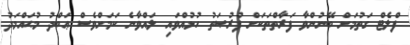
ފްލެޓް ގަތުމަށް ބޭނުންވާ ފަރާތްތަކަށް ފުރުޞަތު ހުޅުއްވައި ލައްވާނެ ކަމަށްވެސް ޢަބްދު މުޙައްމަދު